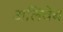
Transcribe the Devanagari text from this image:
अलिवेब